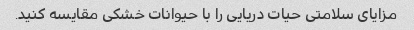
مزایای سلامتی حیات دریایی را با حیوانات خشکی مقایسه کنید.